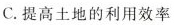
C.提高土地的利用效率